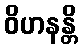
ဝိဟနန္တိ